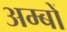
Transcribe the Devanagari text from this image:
अम्बों